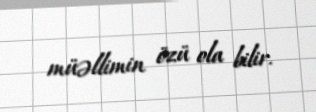
müəllimin özü ola bilir.